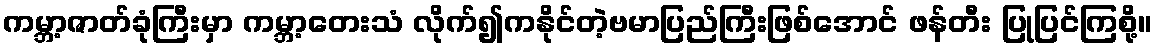
ကမ္ဘာ့ဇာတ်ခုံကြီးမှာ ကမ္ဘာ့တေးသံ လိုက်၍ကနိုင်တဲ့ဗမာပြည်ကြီးဖြစ်အောင် ဖန်တီး ပြုပြင်ကြစို့။